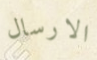
الارسال